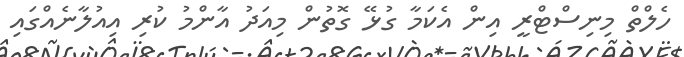
ހެލްތް މިނިސްޓްރީ އިން އެކަމާ ގުޅޭ ގޮތުން މިއަދު އާންމު ކުރި އިއުލާނެއްގައި